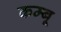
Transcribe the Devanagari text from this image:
कम्बू